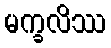
မက္ခလိဿ